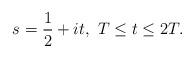
LaTeX: \begin{align*} s=\frac{1}{2}+it, \ T\le t\le 2T.\end{align*}